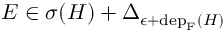
E \in \sigma ( H ) + \Delta _ { \epsilon + \mathrm { d e p } _ { \mathrm { F } } ( H ) }